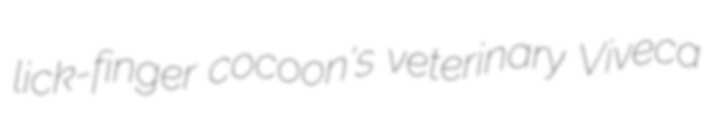
lick-finger cocoon's veterinary Viveca